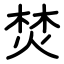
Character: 焚